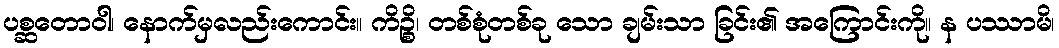
ပစ္ဆတောဝါ၊ နောက်မှလည်းကောင်း။ ကိဉ္စိ၊ တစ်စုံတစ်ခု သော ချမ်းသာ ခြင်း၏ အကြောင်းကို။ န ပဿာမိ၊